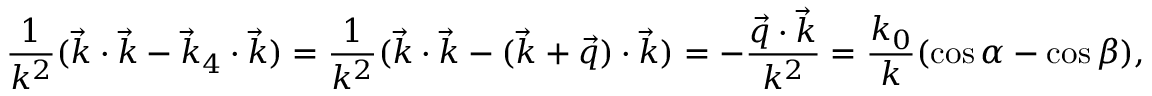
\frac { 1 } { k ^ { 2 } } ( \vec { k } \cdot \vec { k } - \vec { k } _ { 4 } \cdot \vec { k } ) = \frac { 1 } { k ^ { 2 } } ( \vec { k } \cdot \vec { k } - ( \vec { k } + \vec { q } ) \cdot \vec { k } ) = - \frac { \vec { q } \cdot \vec { k } } { k ^ { 2 } } = \frac { k _ { 0 } } { k } ( \cos \alpha - \cos \beta ) ,